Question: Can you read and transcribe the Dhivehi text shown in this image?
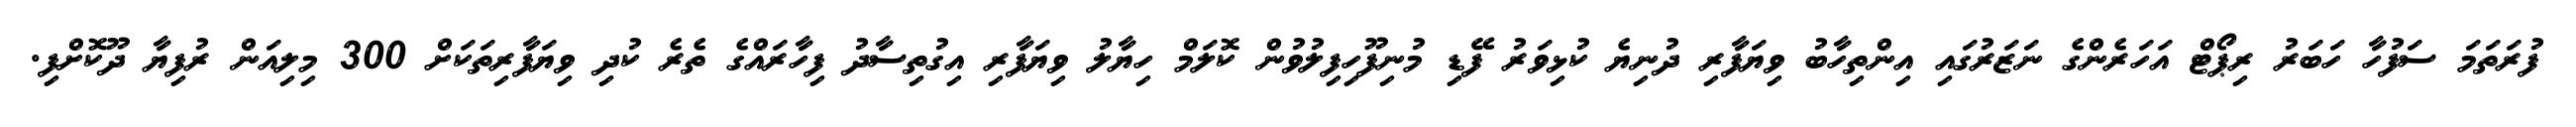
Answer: ފުރަތަމަ ސަފުހާ ހަބަރު ރިޕޯޓް އަހަރެންގެ ނަޒަރުގައި އިންތިހާބު ވިޔަފާރި ދުނިޔެ ކުޅިވަރު ފޭޑި މުނިފޫހިފިލުވުން ކޮލަމް ހިޔާލު ވިޔަފާރި އިގުތިސާދު ފިހާރައްގެ ތެރެ ކުދި ވިޔަފާރިތަކަށް 300 މިލިއަން ރުފިޔާ ދޫކޮށްފި.